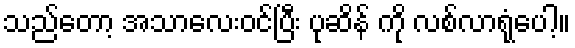
သည်တော့ အသာလေးဝင်ပြီး ပုဆိန် ကို လစ်လာရုံပေါ့။